Annual report on the Civil Veterinary Department, Burma (including the Insein Veterinary School) - 1923-1931
Year: 1923
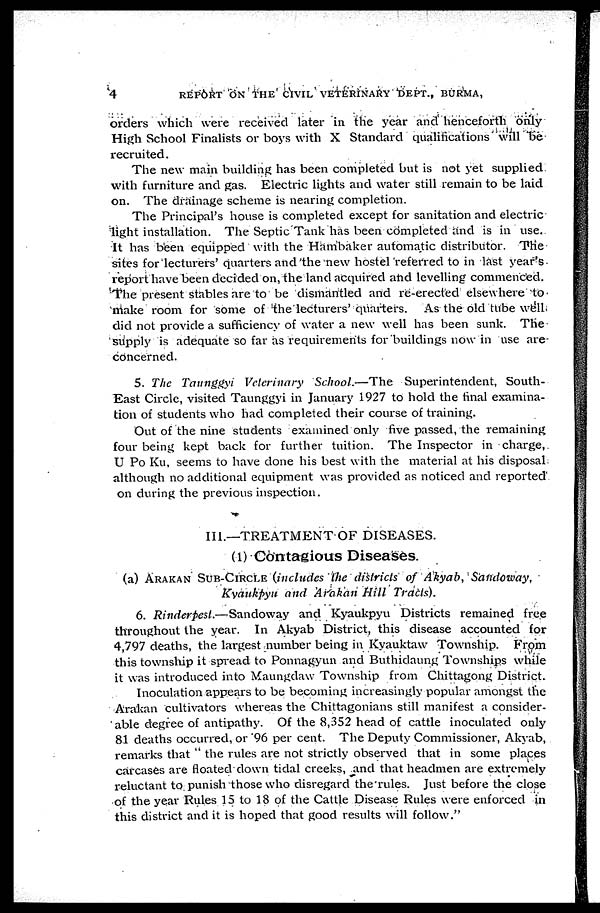
4
REPORT ON THE CIVIL VETERINARY DEPT., BURMA,
orders which were received later in the year and henceforth only
High School Finalists or boys with X Standard qualifications will be
recruited.
The new main building has been completed but is not yet supplied
with furniture and gas. Electric lights and water still remain to be laid
on. The drainage scheme is nearing completion.
The Principal's house is completed except for sanitation and electric
light installation. The Septic Tank has been completed and is in use.
It has been equipped with the Hambaker automatic distributor. The
sites for lecturers' quarters and the new hostel referred to in last year's
report have been decided on, the land acquired and levelling commenced.
The present stables are to be dismantled and re-erected elsewhere to
make room for some of the lecturers' quarters. As the old tube well
did not provide a sufficiency of water a new well has been sunk. The
supply is adequate so far as requirements for buildings now in use are
concerned.
5. The Tattnggyi Veterinary School.—The Superintendent, South-
East Circle, visited Taunggyi in January 1927 to hold the final examina-
tion of students who had completed their course of training.
Out of the nine students examined only five passed, the remaining
four being kept back for further tuition. The Inspector in charge,
U Po Ku, seems to have done his best with the material at his disposal
although no additional equipment was provided as noticed and reported
on during the previous inspection.
III.—TREATMENT OF DISEASES.
(1) Contagious Diseases.
(a) ARAKAN SUB-CIRCLE (includes the districts of Akyab, Sandoway,
Kyaukpyu and Arakan Hill Tracts).
6. Rinderpest.—Sandoway and Kyaukpyu Districts remained free
throughout the year. In Akyab District, this disease accounted for
4,797 deaths, the largest number being in Kyauktaw Township. From
this township it spread to Ponnagyun and Buthidaung Townships while
it was introduced into Maungdaw Township from Chittagong District.
Inoculation appears to be becoming increasingly popular amongst the
Arakan cultivators whereas the Chittagonians still manifest a consider-
able degree of antipathy. Of the 8,352 head of cattle inoculated only
81 deaths occurred, or 96 per cent. The Deputy Commissioner, Akyab,
remarks that " the rules are not strictly observed that in some places
carcases are floated down tidal creeks, and that headmen are extremely
reluctant to punish those who disregard the rules. Just before the close
of the year Rules 15 to 18 of the Cattle Disease Rules were enforced in
this district and it is hoped that good results will follow."